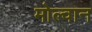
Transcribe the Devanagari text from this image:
मोल्वान